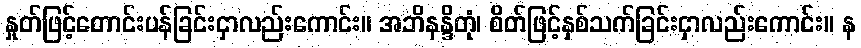
နှုတ်ဖြင့်တောင်းပန်ခြင်းငှာလည်းကောင်း။ အဘိနန္ဒိတုံ၊ စိတ်ဖြင့်နှစ်သက်ခြင်းငှာလည်းကောင်း။ န